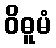
ဝိဓူမံ